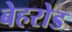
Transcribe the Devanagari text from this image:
बेहरोड